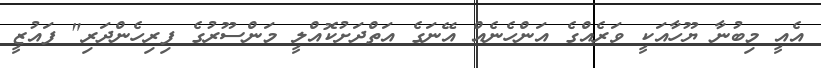
އެއީ މިބުނާ ޔޫހާއަކީ ވަރެއްގެ އަންހެނެއް އޭނަގެ އަތްދަށުކޮއްލީ މަންސޫރުގެ ފިރިހެންދަރި" ފައުޒީ